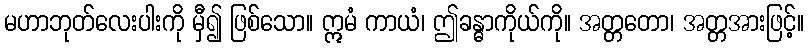
မဟာဘုတ်လေးပါးကို မှီ၍ ဖြစ်သော။ ဣမံ ကာယံ၊ ဤခန္ဓာကိုယ်ကို။ အတ္တတော၊ အတ္တအားဖြင့်။